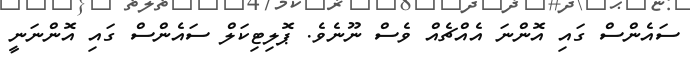
ސައެންސް ގައި އޮންނަ އެއްޗެއް ވެސް ނޫނެވެ. ޕޮލިޓިކަލް ސައެންސް ގައި އޮންނަނީ